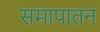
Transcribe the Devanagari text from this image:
समापातन